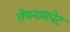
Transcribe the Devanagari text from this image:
तेयनामपेट